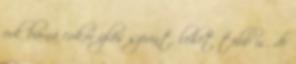
evk barna cukor ízlés szerint, lehet több is, de